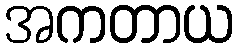
အကတာယ